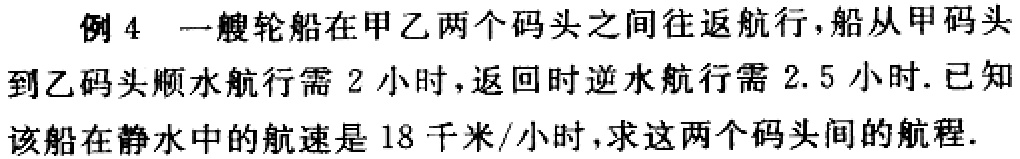
例 4 一艘轮船在甲乙两个码头之间往返航行，船从甲码头到乙码头顺水航行需 2 小时，返回时逆水航行需 2.5 小时. 已知该船在静水中的航速是 18 千米/小时，求这两个码头间的航程.